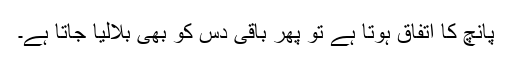
پانچ کا اتفاق ہوتا ہے تو پھر باقی دس کو بھی بلالیا جاتا ہے۔